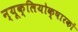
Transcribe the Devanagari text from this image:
न्यूक्लियोक्षारकों